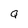
Character: Q